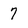
Character: 7